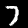
Label: 7